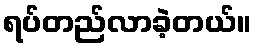
ရပ်တည်လာခဲ့တယ်။